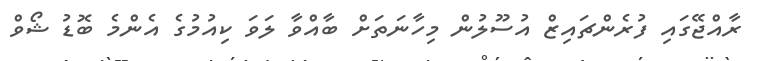
ރާއްޖޭގައި ފުރެންޗައިޒް އުސޫލުން މިހާނަތަށް ބާއްވާ ލަވަ ކިއުމުގެ އެންމެ ބޮޑު ޝޯވް